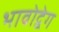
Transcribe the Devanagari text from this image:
भावोद्वेग